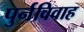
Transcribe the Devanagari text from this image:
पुर्नविवाह